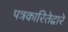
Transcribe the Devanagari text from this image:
पत्रकारितेद्वारे